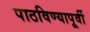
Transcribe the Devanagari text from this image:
पाठविण्यापूर्वी